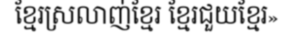
ខ្មែរស្រលាញ់ខ្មែរ ខ្មែរជួយខ្មែរ»